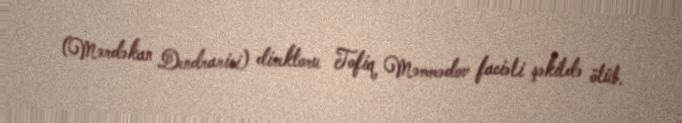
(Mərdəkan Dendrarisi) direktoru Tofiq Məmmədov faciəli şəkildə ölüb.